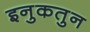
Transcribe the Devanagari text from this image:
इनुकतुन